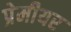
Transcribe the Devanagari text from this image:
प्रेमीयर